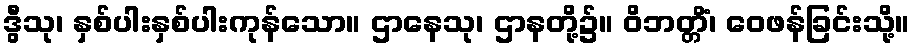
ဒွီသု၊ နှစ်ပါးနှစ်ပါးကုန်သော။ ဌာနေသု၊ ဌာနတို့၌။ ဝိဘတ္တိံ၊ ဝေဖန်ခြင်းသို့။